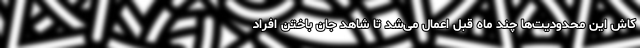
کاش این محدودیت‌ها چند ماه قبل اعمال می‌شد تا شاهد جان باختن افراد